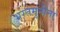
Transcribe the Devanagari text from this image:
भरतमुनींना